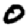
Digit: 0